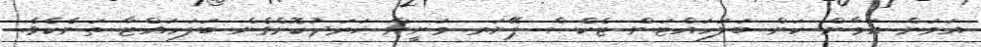
އަމަން އަމާން ކަން ބަލަހައްޓަން ޓެކްސް ޕޭޔަރ މަނީން ޚަރަދުކޮށްގެން ބަލަހައްޓާ ތަނެކެވެ.